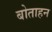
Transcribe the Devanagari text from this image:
बोताहन